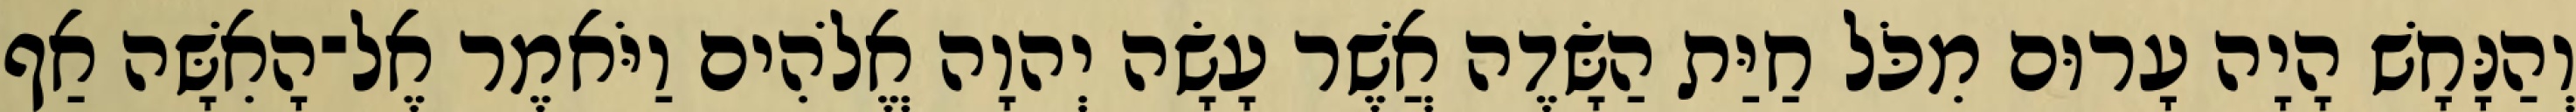
וְהַנָּחָשׁ הָיָה עָרוּם מִכֹּל חַיַּת הַשָּׂדֶה אֲשֶׁר עָשָׂה יְהוָה אֱלֹהִים וַיֹּאמֶר אֶל־הָאִשָּׁה אַף